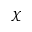
\chi